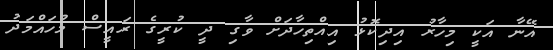
އޭނާ އަކީ މިހާރު އިދިކޮޅު އިއްތިހާދަށް ވާގި ދީ ކުރީގެ ރައީސް މުހައްމަދު